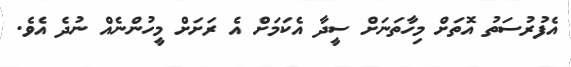
އެފުރުސަތު އޮތަށް މިހާތަނަށް ސީދާ އެކަމަށް އެ ރަށަށް މީހުންނެއް ނުދެ އެވެ.